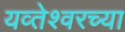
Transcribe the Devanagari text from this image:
यव्तेश्वरच्या